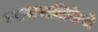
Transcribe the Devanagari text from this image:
न्यायपालिकेचे